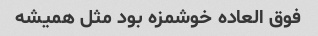
فوق العاده خوشمزه بود مثل همیشه